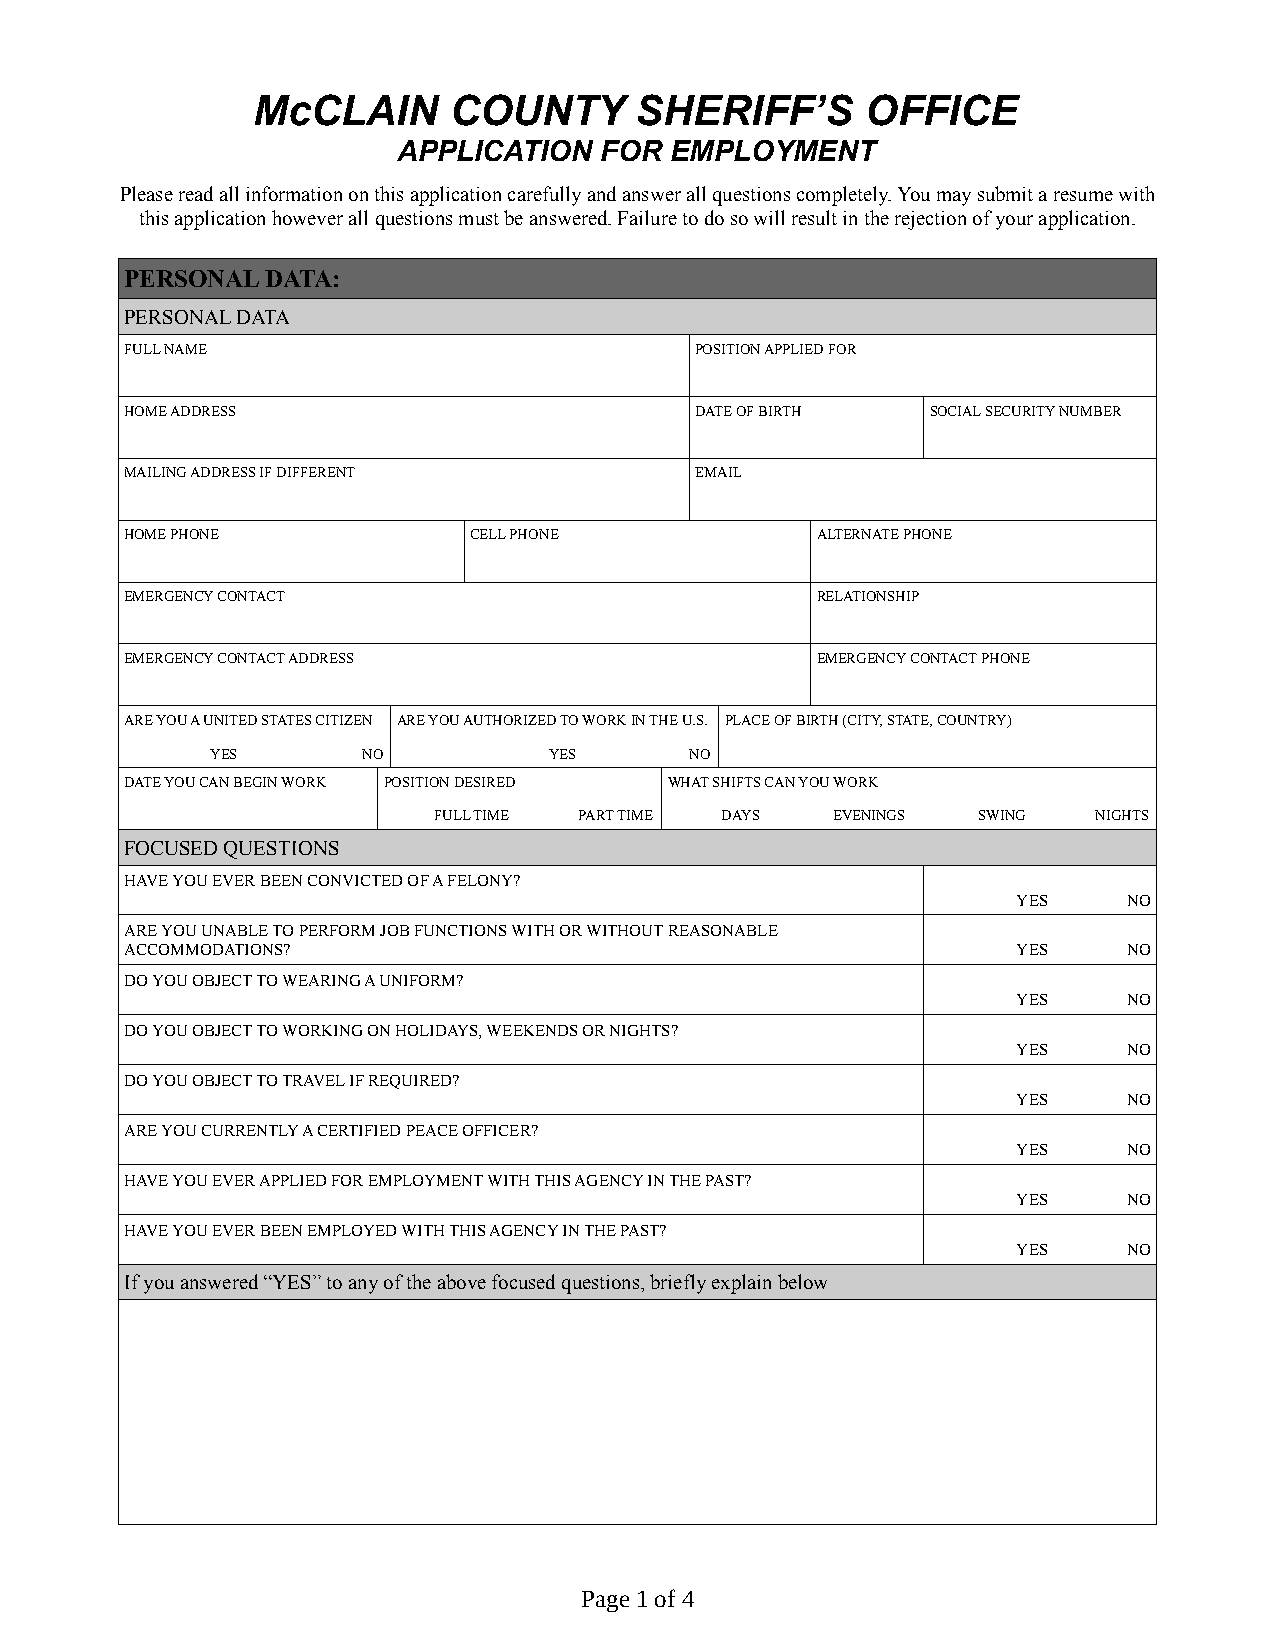
McCLAIN      COUNTY      SHERIFF’S      OFFICE
 APPLICATION   FOR EMPLOYMENT
 Please read all information on this application carefully and answer all questions completely. You may submit a resume with
 this application however all questions must be answered. Failure to do so will result in the rejection of your application.
 PERSONAL  DATA:
 PERSONAL DATA
 FULL NAME                             POSITION APPLIED FOR
 HOME ADDRESS                          DATE OF BIRTH   SOCIAL SECURITY NUMBER
 MAILING ADDRESS IF DIFFERENT          EMAIL
 HOME PHONE             CELL PHONE             ALTERNATE PHONE
 EMERGENCY CONTACT                             RELATIONSHIP
 EMERGENCY CONTACT ADDRESS                     EMERGENCY CONTACT PHONE
 ARE YOU A UNITED STATES CITIZEN ARE YOU AUTHORIZED TO WORK IN THE U.S. PLACE OF BIRTH (CITY, STATE, COUNTRY)
 YES       NO          YES       NO
 DATE YOU CAN BEGIN WORK POSITION DESIRED WHAT SHIFTS CAN YOU WORK
 FULL TIME PART TIME DAYS  EVENINGS  SWING   NIGHTS
 FOCUSED QUESTIONS
 HAVE YOU EVER BEEN CONVICTED OF A FELONY?
 YES     NO
 ARE YOU UNABLE TO PERFORM JOB FUNCTIONS WITH OR WITHOUT REASONABLE
 ACCOMMODATIONS?                                            YES     NO
 DO YOU OBJECT TO WEARING A UNIFORM?
 YES     NO
 DO YOU OBJECT TO WORKING ON HOLIDAYS, WEEKENDS OR NIGHTS?
 YES     NO
 DO YOU OBJECT TO TRAVEL IF REQUIRED?
 YES     NO
 ARE YOU CURRENTLY A CERTIFIED PEACE OFFICER?
 YES     NO
 HAVE YOU EVER APPLIED FOR EMPLOYMENT WITH THIS AGENCY IN THE PAST?
 YES     NO
 HAVE YOU EVER BEEN EMPLOYED WITH THIS AGENCY IN THE PAST?
 YES     NO
 If you answered “YES” to any of the above focused questions, briefly explain below
 Page 1 of 4